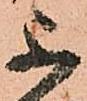
不